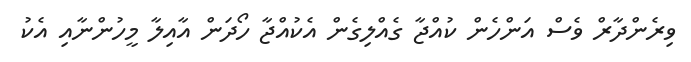
ވިރެންދާރް ވެސް އަންހެން ކުއްޖާ ގެއްލިގެން އެކުއްޖާ ހޯދަން އާއިލާ މީހުންނާއި އެކު